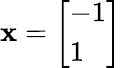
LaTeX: \mathbf{x}=\left[{\begin{array}{l}{-1}\\ {1}\end{array}}\right]